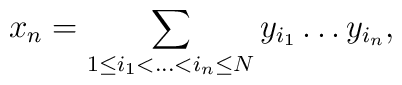
x_n=\sum_{1\leq i_1<...<i_n\leq N} y_{i_1}\dots y_{i_n},